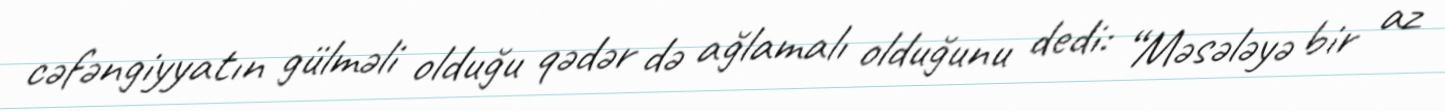
cəfəngiyyatın gülməli olduğu qədər də ağlamalı olduğunu dedi: “Məsələyə bir az